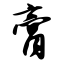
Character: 膏